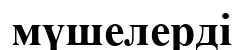
мүшелерді